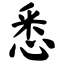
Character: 悉